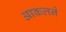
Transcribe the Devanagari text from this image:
आकलने